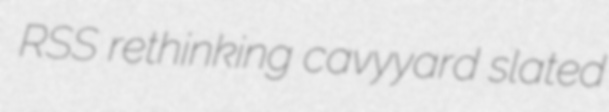
RSS rethinking cavyyard slated